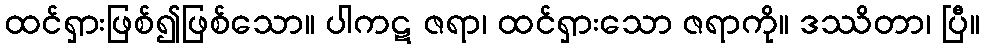
ထင်ရှားဖြစ်၍ဖြစ်သော။ ပါကဋ ဇရာ၊ ထင်ရှားသော ဇရာကို။ ဒဿိတာ၊ ပြီ။